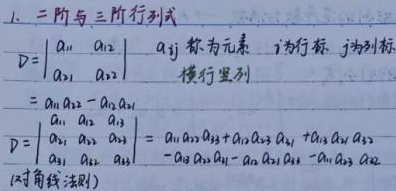
1. 二阶与三阶行列式
\[D = \begin{vmatrix}a_{11} & a_{12} \\a_{21} & a_{22}\end{vmatrix}\]
\(a_{ij}\)称为元素，\(i\)为行标，\(j\)为列标（横行竖列）
\[= a_{11}a_{22} - a_{12}a_{21}\]
\[D = \begin{vmatrix}a_{11} & a_{12} & a_{13} \\a_{21} & a_{22} & a_{23} \\a_{31} & a_{32} & a_{33}\end{vmatrix}= a_{11}a_{22}a_{33}+a_{12}a_{23}a_{31}+a_{13}a_{21}a_{32}\]（对角线法则）
\[- a_{13}a_{22}a_{31}-a_{12}a_{21}a_{33}-a_{11}a_{23}a_{32}\]